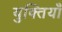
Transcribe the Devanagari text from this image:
युक्‍तियॉं